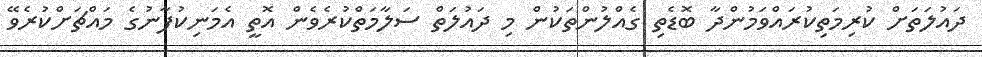
ދައުލަތަށް ކުރިމަތިކުރައްވަމުންދާ ބޮޑެތި ގެއްލުންތަކުން މި ދައުލަތް ސަލާމަތްކުރެވެން އޮތީ އެމަނިކުފާނުގެ މައްޗަށްކުރެވޭ